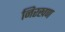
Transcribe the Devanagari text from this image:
निरखण